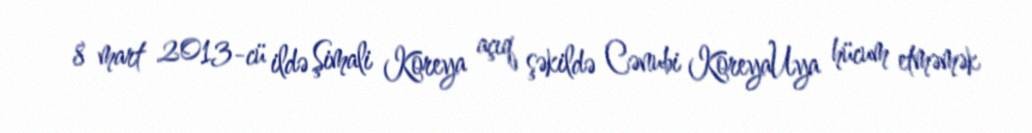
8 mart 2013-cü ildə Şimali Koreya açıq şəkildə Cənubi KoreyaUya hücum etməmək